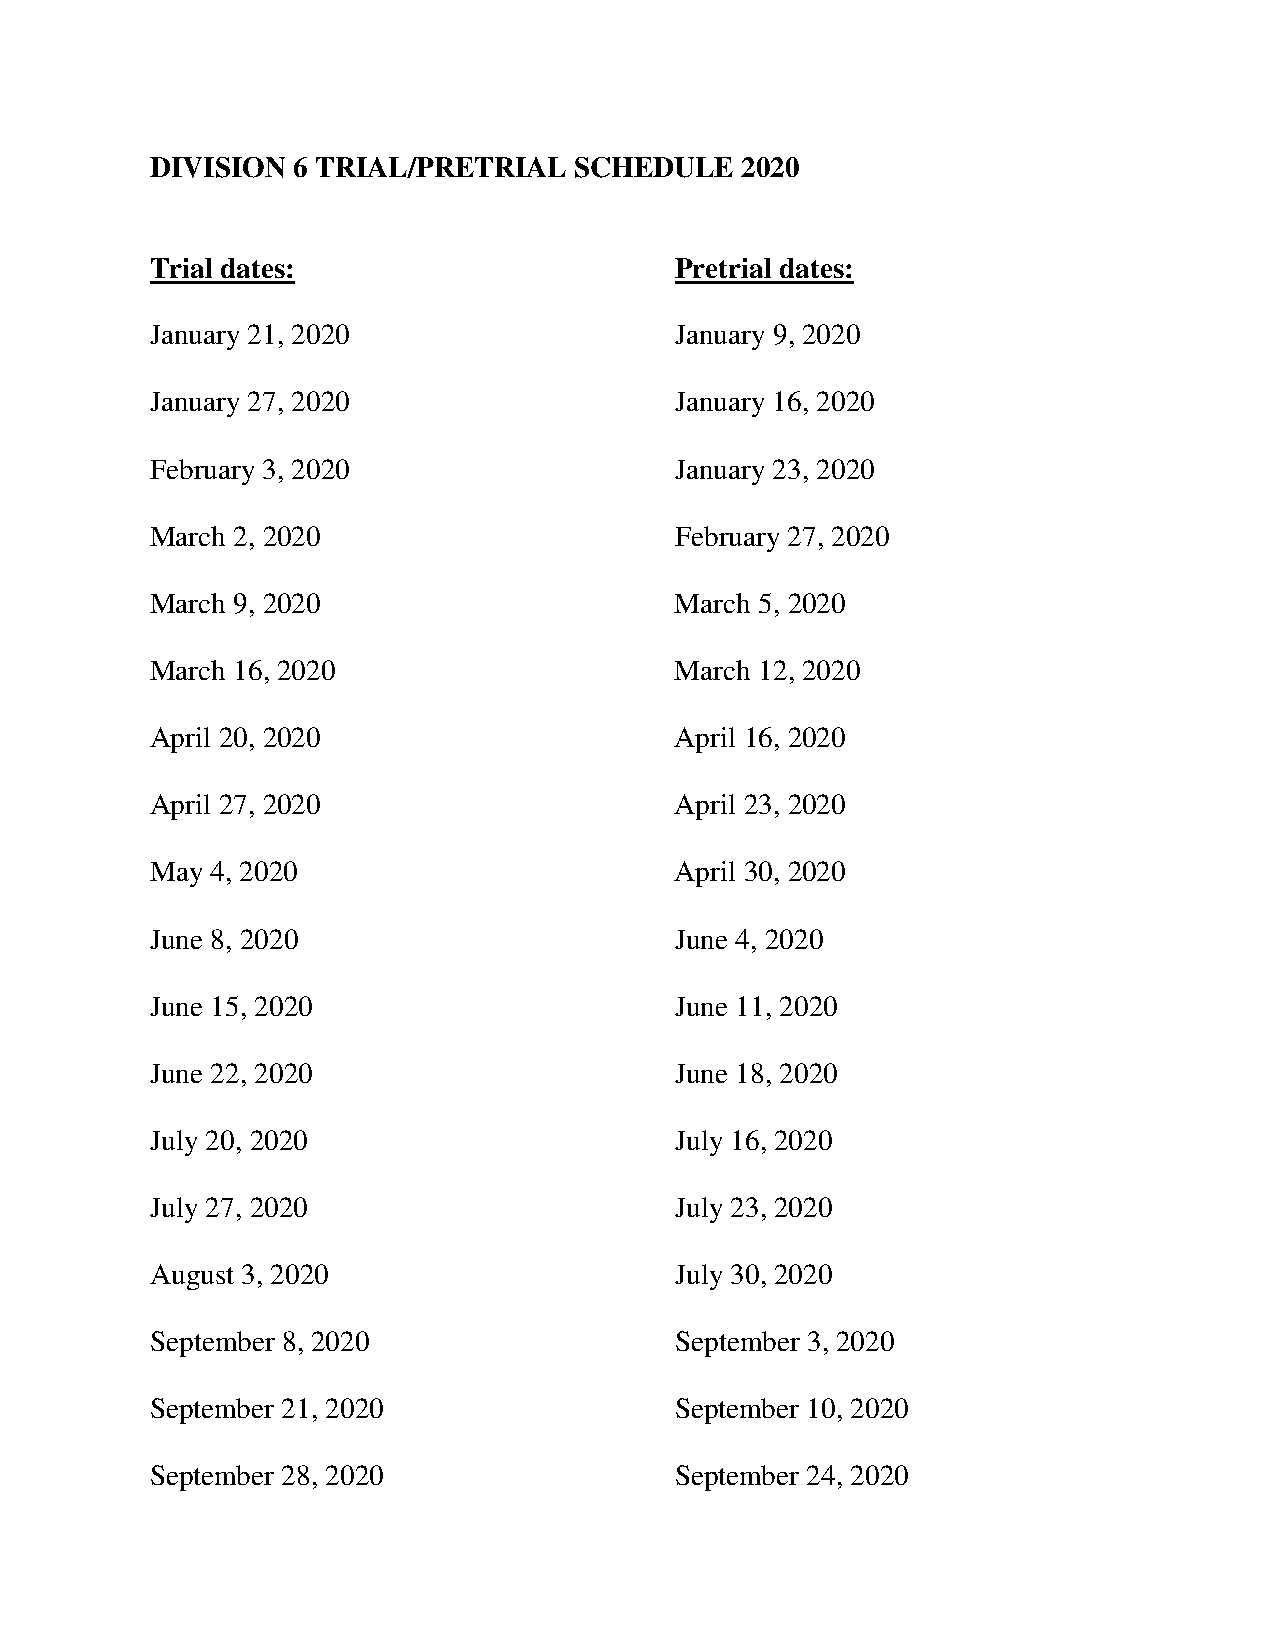
DIVISION 6 TRIAL/PRETRIAL   SCHEDULE   2020
 Trial dates:                       Pretrial dates:
 January 21, 2020                   January 9, 2020
 January 27, 2020                   January 16, 2020
 February 3, 2020                   January 23, 2020
 March 2, 2020                      February 27, 2020
 March 9, 2020                      March 5, 2020
 March 16, 2020                     March 12, 2020
 April 20, 2020                     April 16, 2020
 April 27, 2020                     April 23, 2020
 May 4, 2020                        April 30, 2020
 June 8, 2020                       June 4, 2020
 June 15, 2020                      June 11, 2020
 June 22, 2020                      June 18, 2020
 July 20, 2020                      July 16, 2020
 July 27, 2020                      July 23, 2020
 August 3, 2020                     July 30, 2020
 September 8, 2020                  September 3, 2020
 September 21, 2020                 September 10, 2020
 September 28, 2020                 September 24, 2020